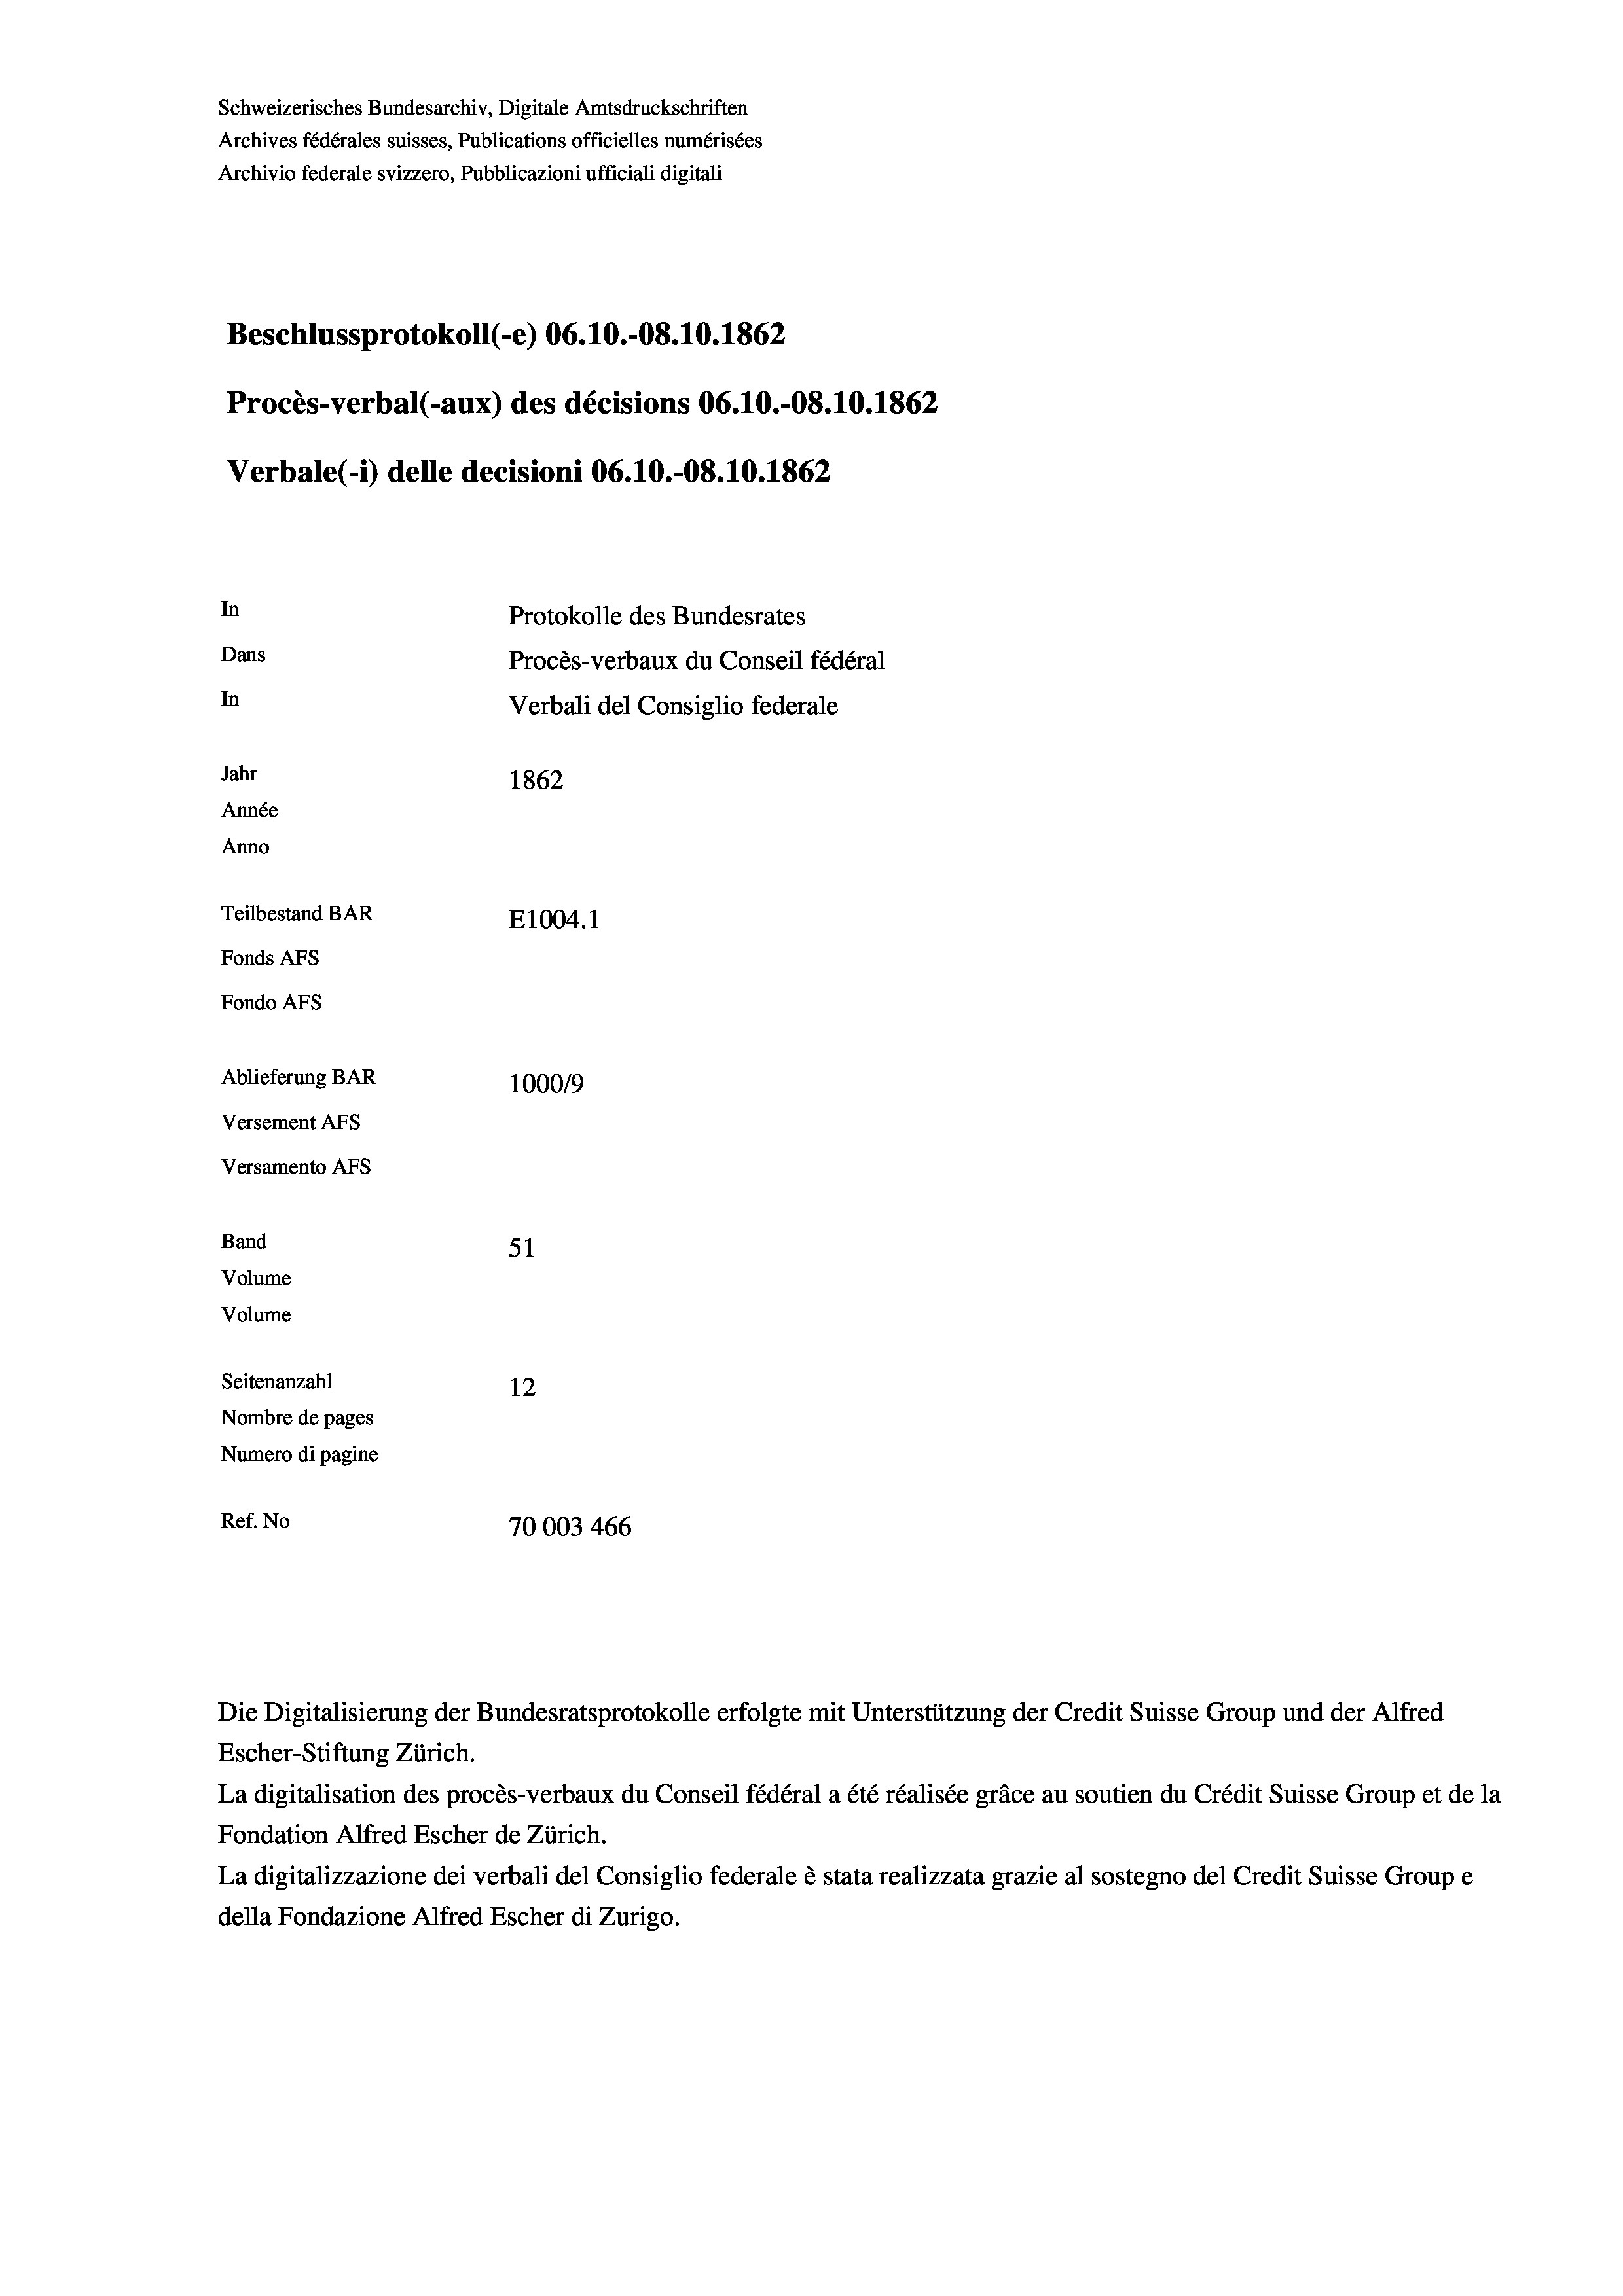
Schweizerisches Bundesarchiv, Digitale Amtsdruckschriften
Archives fédérales suisses, Publications officielles numérisées
Archivio federale svizzero, Pubblicazioni ufficiali digitali
Beschlussprotokoll (-e) 06.10.-08.10.1862
Procès-verbal (-aux) des décisions 06.10.-08.10.1862
Verbale(-*) delle decisioni 06.10.-08. 10. 1862
In
Protokolle des Bundesrates
Dans
Procès-verbaux du Conseil fédéral
In
Verbali del Consiglio federale
Jahr
1862
Année
Anno
Teilbestand BAR
E1004.1
Fonds AFs
Fondo AFs
Ablieferung BAR
100019
Versement AFs
Versamento AFS
Band
51
Volume
Volume

Seitenanzahl
12
Nombre de pages
Numero di pagine
Ref. No
70003 466

La digitalisation des procès-verbaux du Conseil fédéral a été réalisée gräce au soutien du Crédit Suisse Group et de la
Fondation Alfred Escher de Zürich.
La digitalizzazione dei verbali del Consiglio federale è stata realizzata grazie al sostegno del Credit Suisse Groupe
della Fondazione Alfred Escher di Zurigo.

Die Digitalisierung der Bundesratsprotokolle erfolgte mit Unterstützung der Credit Suisse Group und der Alfred
Escher-Stiftung Zürich.